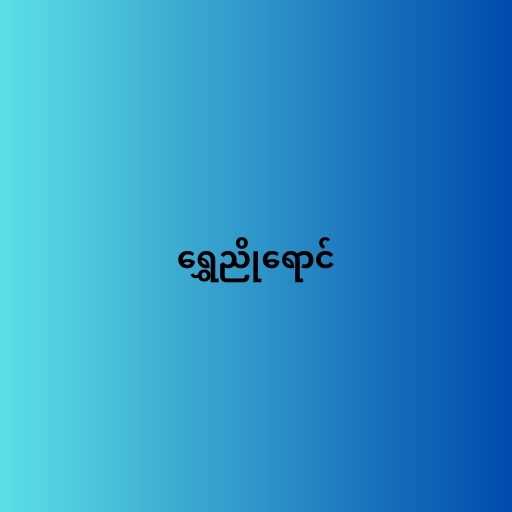
ရွှေညိုရောင်